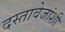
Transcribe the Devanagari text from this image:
दस्तावेजांशी